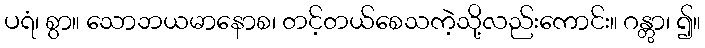
ပရံ၊ စွာ။ သောဘယမာနောစ၊ တင့်တယ်စေသကဲ့သို့လည်းကောင်း။ ဂန္တွာ၊ ၍။